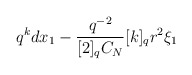
\begin{align*}q^k dx_1 - \frac{q^{-2}}{[2]_q C_N} [k]_q r^2 \xi_1\end{align*}